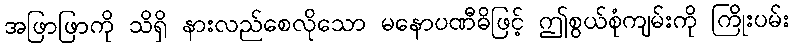
အဖြာဖြာကို သိရှိ နားလည်စေလိုသော မနောပဏီဓိဖြင့် ဤစွယ်စုံကျမ်းကို ကြိုးပမ်း